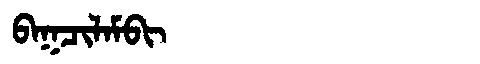
Manchu: ᠪᠠᡴᠴᡳᠯᠠᠮᠪᡳ
Romanization: BAKCILAMBI